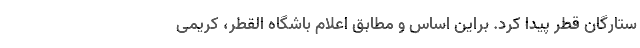
ستارگان قطر پیدا کرد. براین اساس و مطابق اعلام باشگاه القطر، کریمی